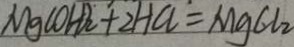
M g ( O H ) _ { 2 } + 2 H C l = M g C l _ { 2 }